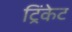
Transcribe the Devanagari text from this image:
ट्रिंकेट